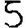
Digit: 5